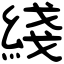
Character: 綫